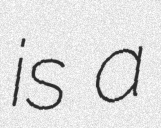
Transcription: is a